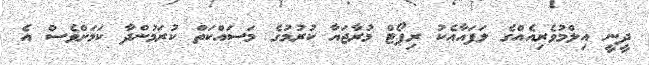
ދީނީ އިލްމުވެރިއެއްގެ ލަފައާއެކު ރިޕޯޓް މުރާޖައާ ކުރުމުގެ މަސައްކަތް ކުރަމުންދާ ކަމަށްވެސް އެ